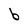
Character: b